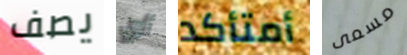
يصف أي أمتأكد مسمى